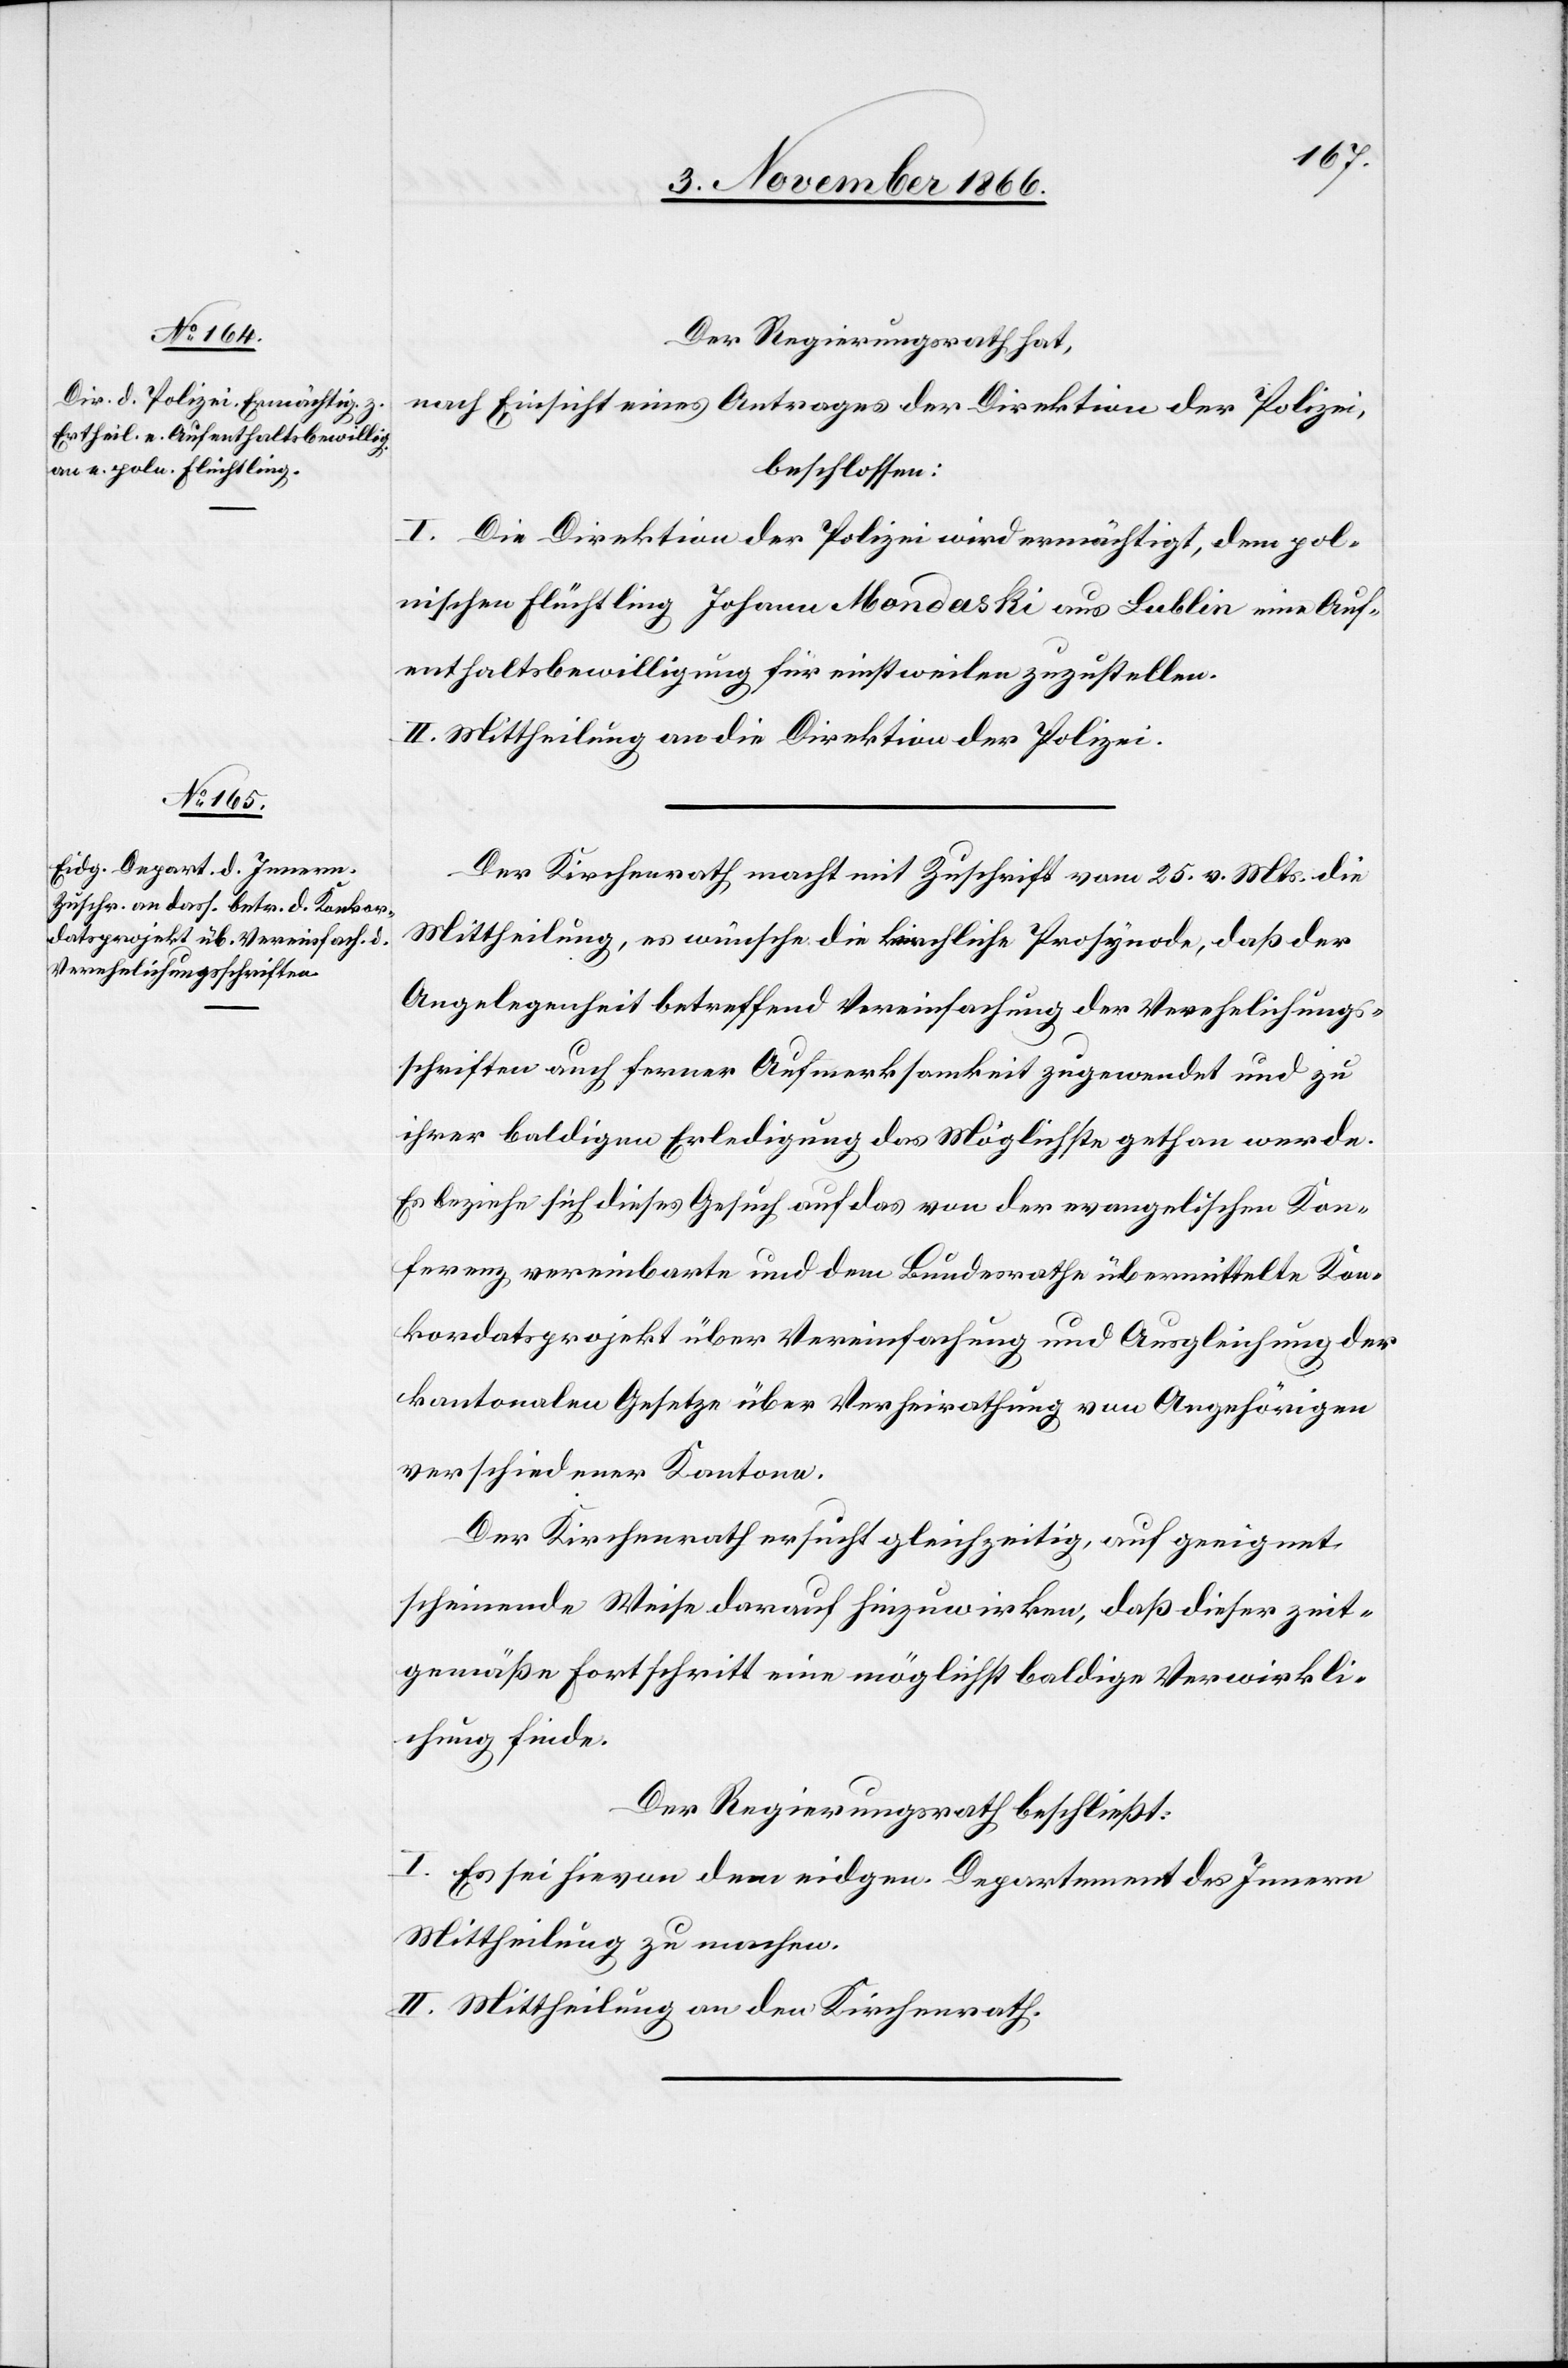
Der Regierungsrath hat,
nach Einsicht eines Antrages der Direktion der Polizei,
beschlossen:
I. Die Direktion der Polizei wird ermächtigt, dem pol¬
nischen Flüchtling Johann Mondaski aus Lublin eine Auf¬
enthaltsbewilligung für einstweilen zuzustellen.
II. Mittheilung an die Direktion der Polizei.
Der Kirchenrath macht mit Zuschrift vom 25. v. Mts. die
Mittheilung, es wünsche die kirchliche Prosynode, daß der
Angelegenheit betreffend Vereinfachung der Verehelichungs¬
schriften auch ferner Aufmerksamkeit zugewendet und zu
ihrer baldigen Erledigung das Möglichste gethan werde.
Es beziehe sich dieses Gesuch auf das von der evangelischen Kon¬
ferenz vereinbarte und dem Bundesrathe übermittelte Kon¬
kordatsprojekt über Vereinfachung und Ausgleichung der
kantonalen Gesetze über Verheirathung von Angehörigen
verschiedener Kantone.
Der Kirchenrath ersucht gleichzeitig, auf geeignet
scheinende Weise darauf hinzuwirken, daß dieser zei¬
gemäße Fortschritt eine möglichst baldige Verwirkli¬
chung finde.
Der Regierungsrath beschließt:
I. Es sei hievon dem eidgen. Departement des Innern
Mittheilung zu machen.
II. Mittheilung an den Kirchenrath.